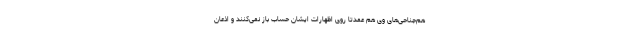
هم‌جناحی‌های وی هم عمدتا روی اظهارات ایشان حساب باز نمی‌کنند و اذعان